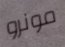
مونرو